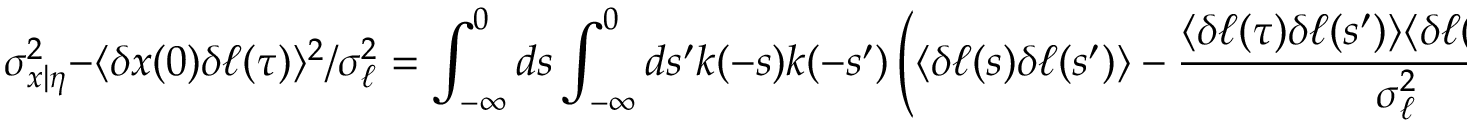
\sigma _ { x | \eta } ^ { 2 } - \langle \delta x ( 0 ) \delta \ell ( \tau ) \rangle ^ { 2 } / \sigma _ { \ell } ^ { 2 } = \int _ { - \infty } ^ { 0 } d s \int _ { - \infty } ^ { 0 } d s ^ { \prime } k ( - s ) k ( - s ^ { \prime } ) \left( \langle \delta \ell ( s ) \delta \ell ( s ^ { \prime } ) \rangle - \frac { \langle \delta \ell ( \tau ) \delta \ell ( s ^ { \prime } ) \rangle \langle \delta \ell ( \tau ) \delta \ell ( s ) \rangle } { \sigma _ { \ell } ^ { 2 } } \right) ,